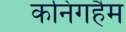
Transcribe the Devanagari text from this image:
कनिंगहैम